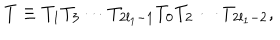
LaTeX: T \equiv T _ { 1 } T _ { 3 } \cdots T _ { 2 l _ { 1 } - 1 } T _ { 0 } T _ { 2 } \cdots T _ { 2 l _ { 1 } - 2 } ,